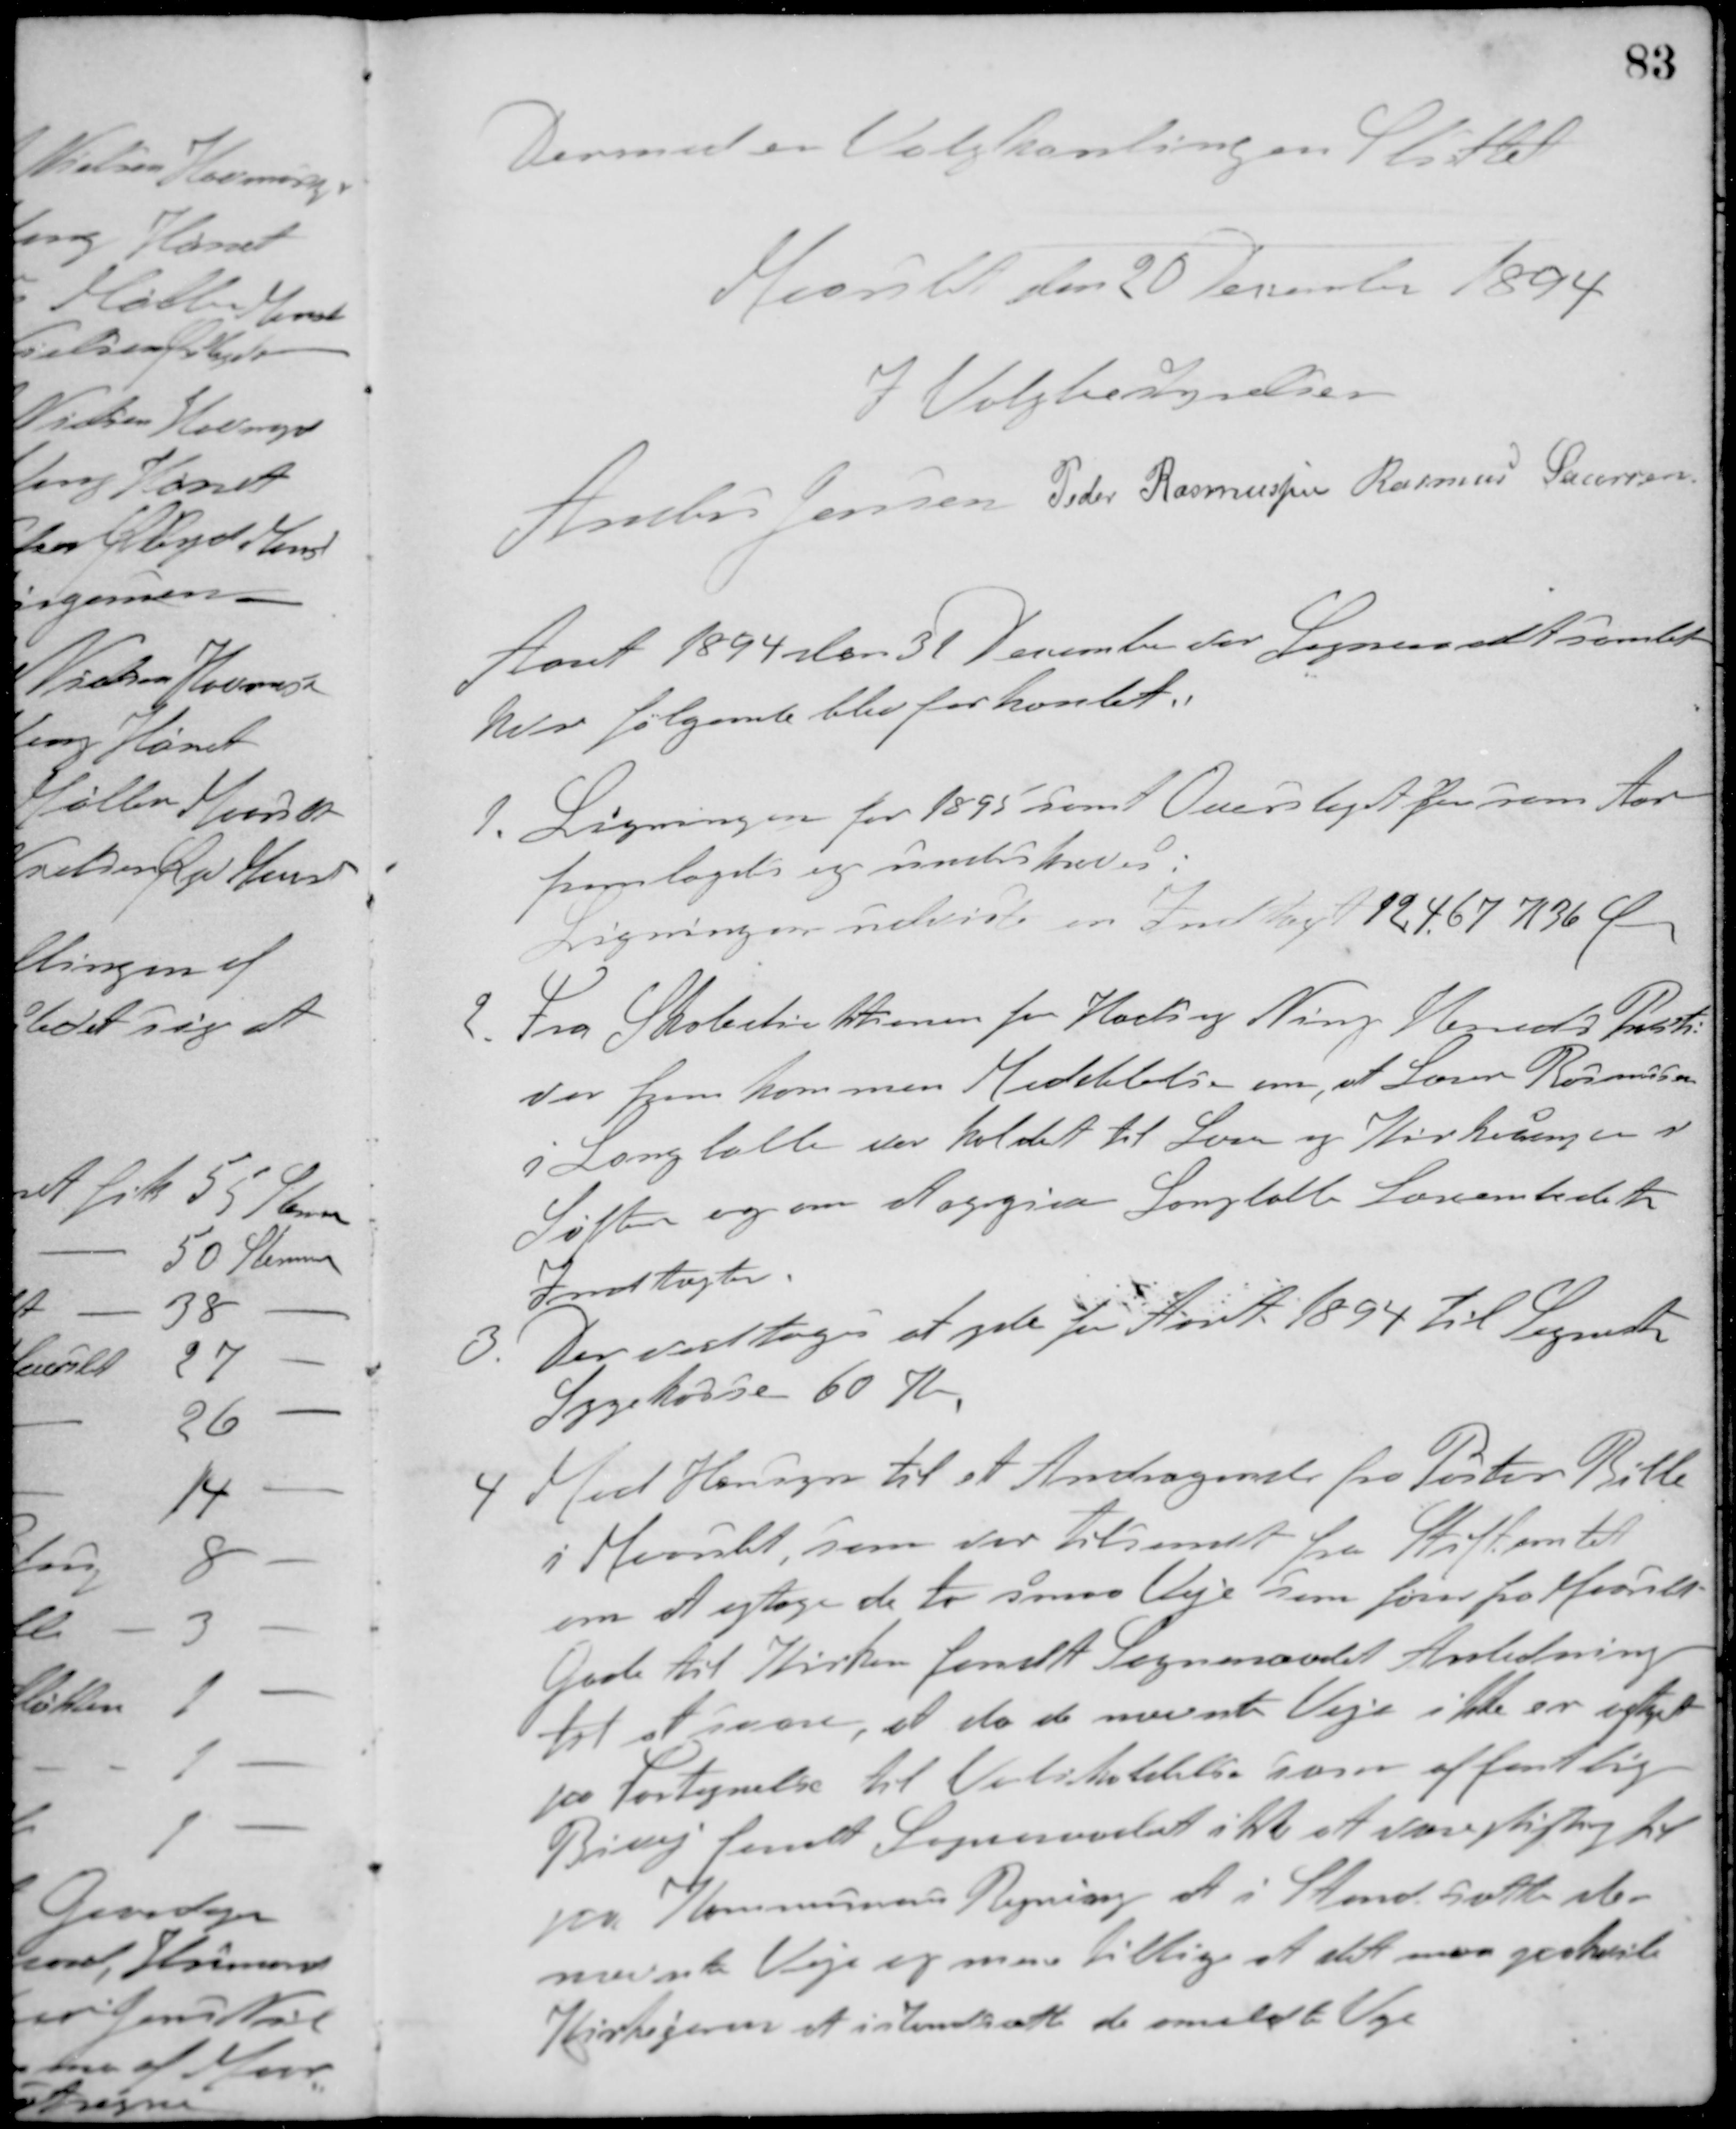
Transskription:
Dermed er Valghandlingen Sluttet.
Maarslet den 20 December 1894
I Valgbestyrelsen
Anders Jensen Peder Rasmussen Rasmus Laursen
Aaret 1894 den 31 December var Sogneraadet samlet
hvor følgende blev forhandlet.
1. Ligningen for 1895 samt Overslaget for sam Aar
fremlagdes og underskreves.
Ligningen udviste en Indtægt 12.467 K 36 Ø
2. Fra Skoledirektionen for Hads og Ning Herreders Provsti
var fremkommen Meddelelse om, at Lærer Rasmussen
i Langballe var kaldet til Lærer og Kirkesanger i
Søften og om at opgive Langballe Lærerembedets
Indtægter.
3. Der vedtoges at yde for Aaret 1894 til Sognets
Sygekasse 60 Kr.
4 Med Hensyn til et Andragende fra Pastor Bille
i Maarslet, som var tilsendt fra Stiftamtet
om at optage de to smaa Veje som fører fra Maarslet
Gade til Kirken fandt Sogneraadet Anledning
til at svare, at da de nævnte Veje ikke er optaget
paa Fortegnelse til Underholdelse som offentlig
Bivej fandt Sogneraadet ikke at være pligtig til
paa Kommunens Regning at i Standsætte de
nævnte Veje og mener tillige at det maa paahvile
Kirkejeren at istantsætte de meldte Veje.